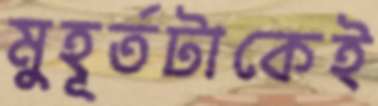
মুহূর্তটাকেই